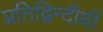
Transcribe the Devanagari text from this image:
प्रतिद्विन्दीयों